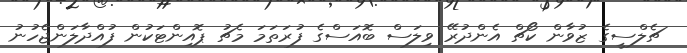
ޗެލްސީގެ ޒުވާން ކޯޗް އެންދުރޭ ވިލަސް ބޮއަސްގެ ފުރަތަމަ މެޗު ޕޮއިންޓަކުން ފުއްދާލަންޖެހުނު